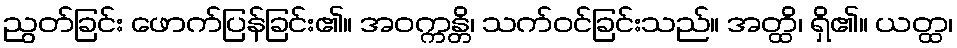
ညွတ်ခြင်း ဖောက်ပြန်ခြင်း၏။ အဝက္ကန္တိ၊ သက်ဝင်ခြင်းသည်။ အတ္ထိ၊ ရှိ၏။ ယတ္ထ၊